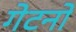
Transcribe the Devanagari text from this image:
गेटनो